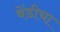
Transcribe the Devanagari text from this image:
बेंडीचा